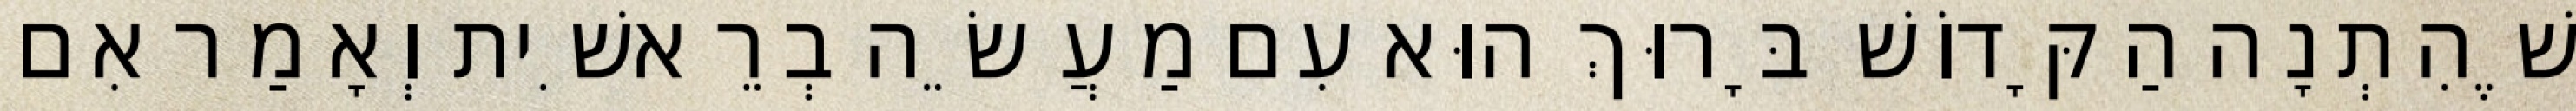
שֶׁהִתְנָה הַקָּדוֹשׁ בָּרוּךְ הוּא עִם מַעֲשֵׂה בְרֵאשִׁית וְאָמַר אִם